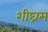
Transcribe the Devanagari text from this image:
शीघ्रम्